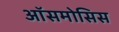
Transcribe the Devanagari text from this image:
ऑसमोसिस